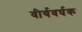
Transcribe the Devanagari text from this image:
वीर्यवर्घक